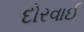
દોરવાઈ